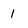
Character: 1